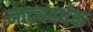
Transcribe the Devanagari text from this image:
नाट्यवर्धक